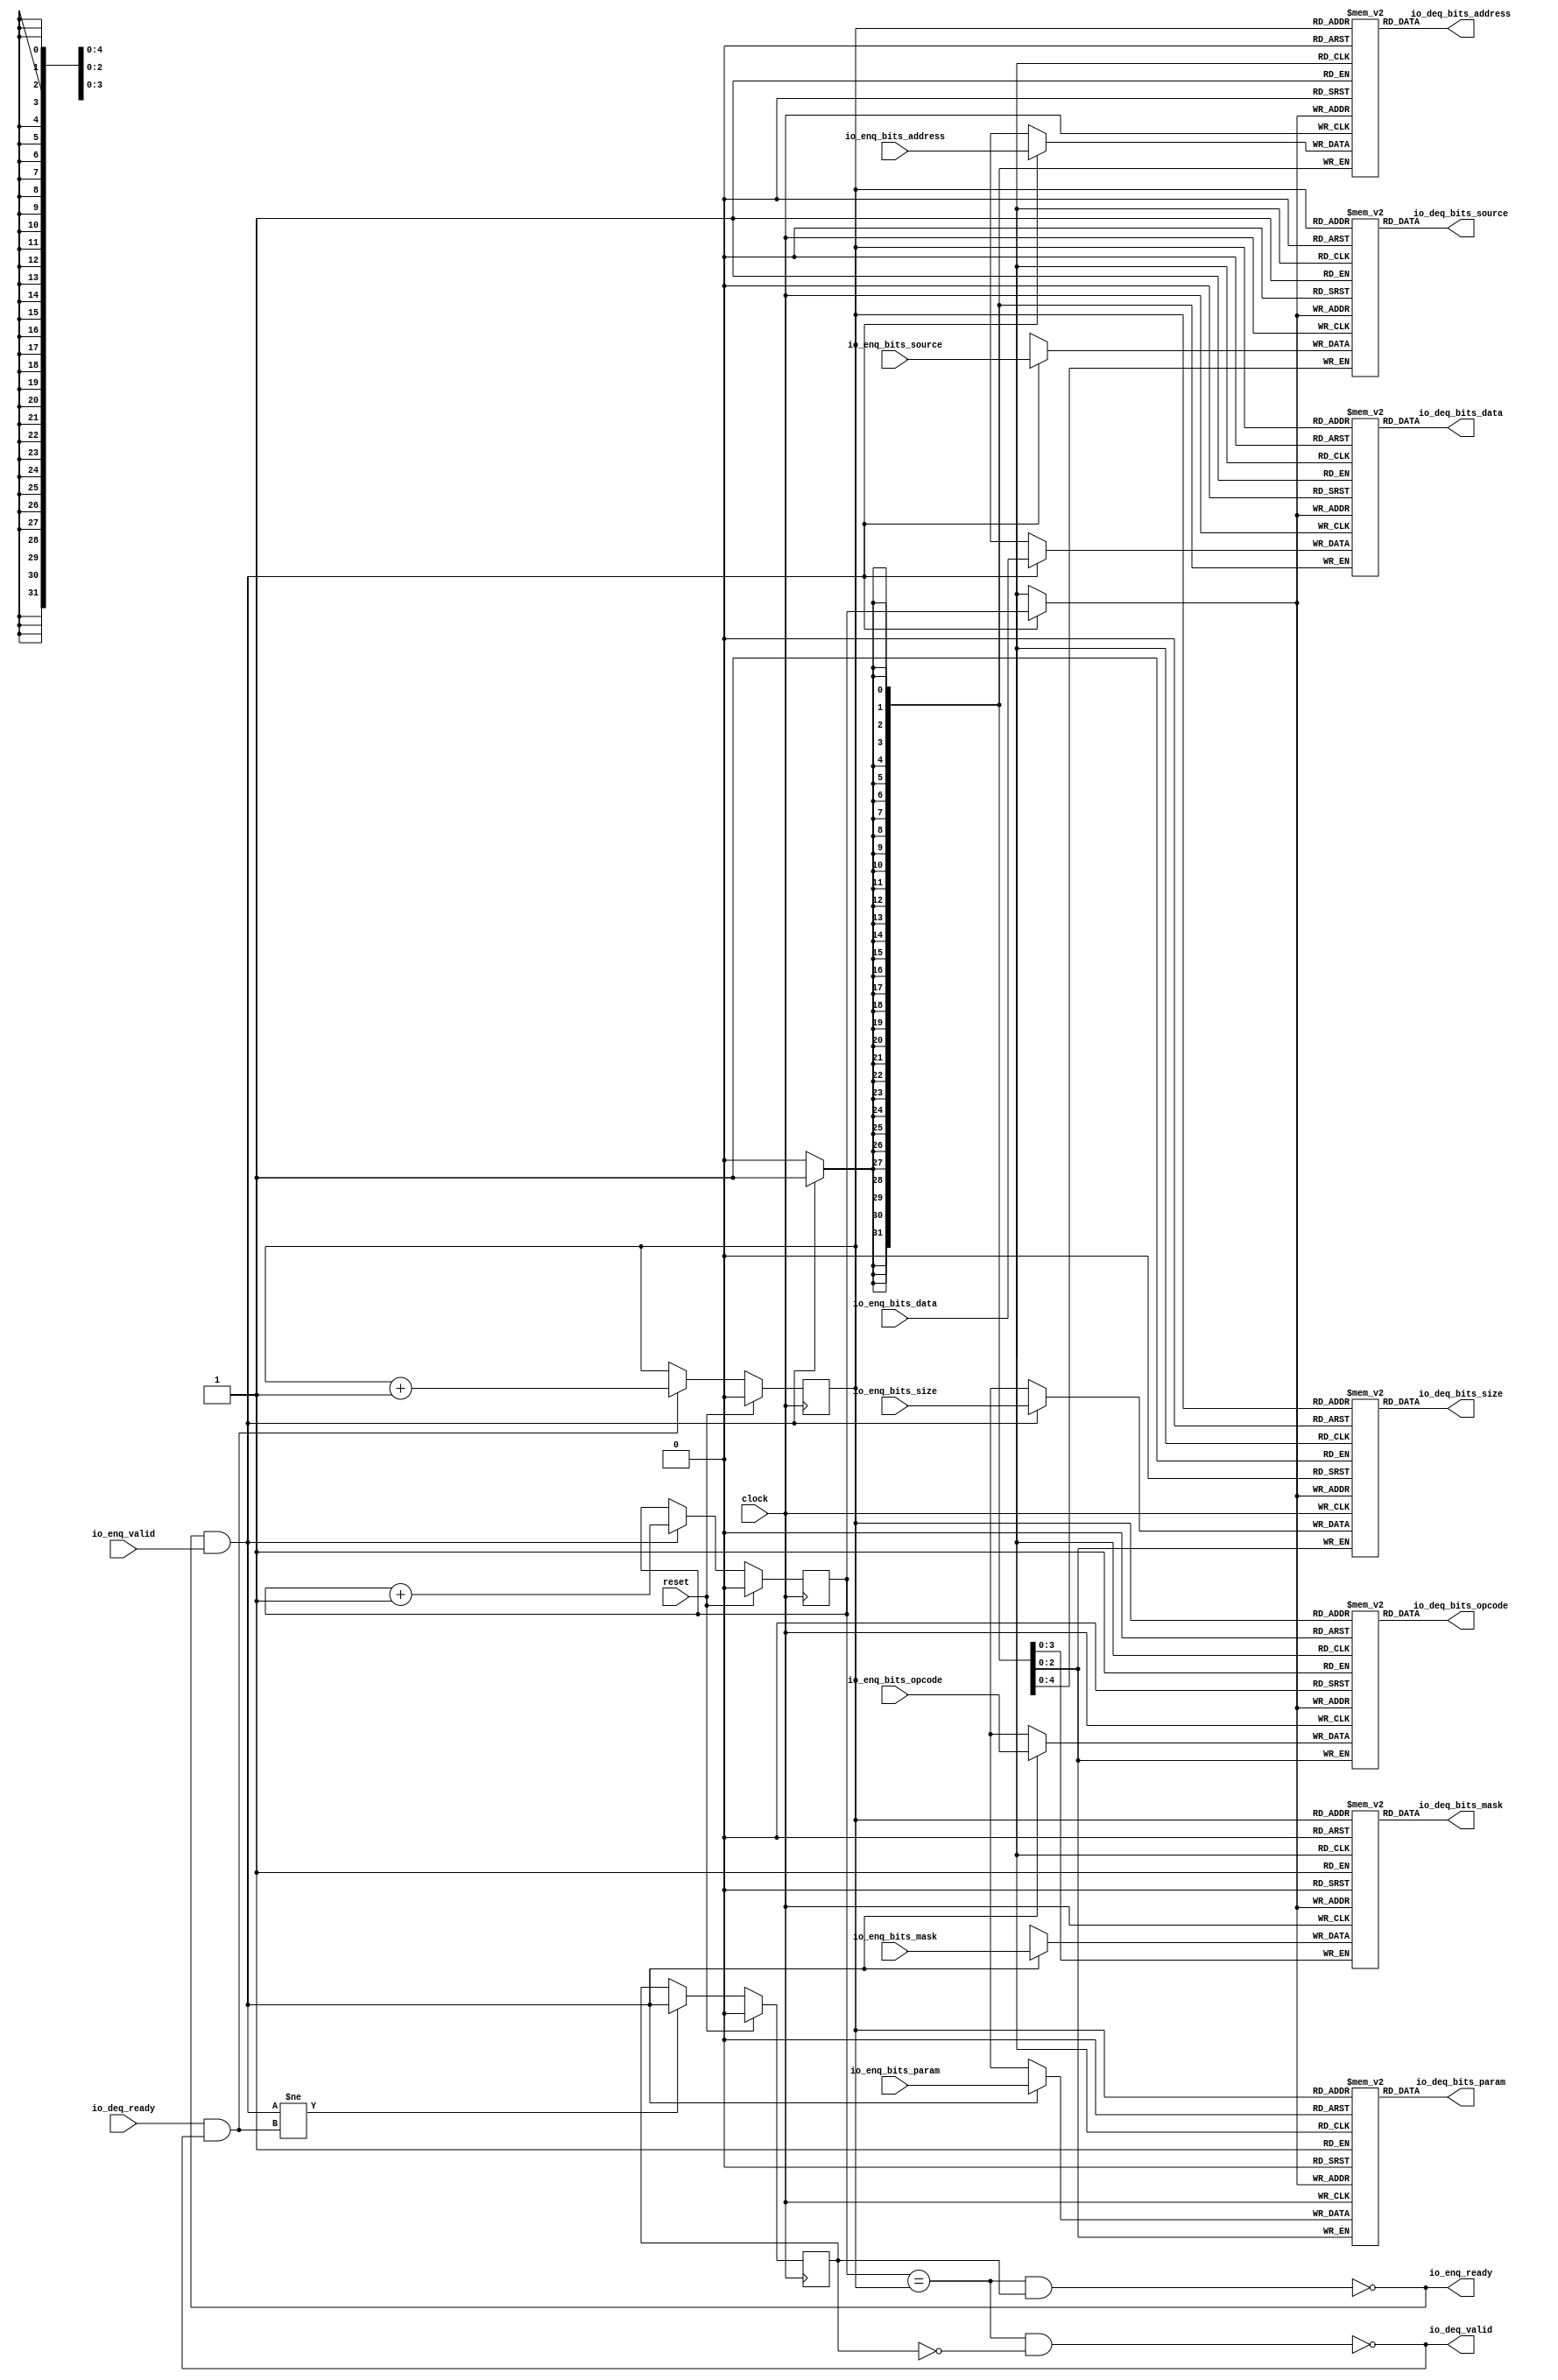
module Queue_40( // @[:freechips.rocketchip.system.TinyConfig.fir@115081.2]
  input         clock, // @[:freechips.rocketchip.system.TinyConfig.fir@115082.4]
  input         reset, // @[:freechips.rocketchip.system.TinyConfig.fir@115083.4]
  output        io_enq_ready, // @[:freechips.rocketchip.system.TinyConfig.fir@115084.4]
  input         io_enq_valid, // @[:freechips.rocketchip.system.TinyConfig.fir@115084.4]
  input  [2:0]  io_enq_bits_opcode, // @[:freechips.rocketchip.system.TinyConfig.fir@115084.4]
  input  [2:0]  io_enq_bits_param, // @[:freechips.rocketchip.system.TinyConfig.fir@115084.4]
  input  [2:0]  io_enq_bits_size, // @[:freechips.rocketchip.system.TinyConfig.fir@115084.4]
  input  [4:0]  io_enq_bits_source, // @[:freechips.rocketchip.system.TinyConfig.fir@115084.4]
  input  [31:0] io_enq_bits_address, // @[:freechips.rocketchip.system.TinyConfig.fir@115084.4]
  input  [3:0]  io_enq_bits_mask, // @[:freechips.rocketchip.system.TinyConfig.fir@115084.4]
  input  [31:0] io_enq_bits_data, // @[:freechips.rocketchip.system.TinyConfig.fir@115084.4]
  input         io_deq_ready, // @[:freechips.rocketchip.system.TinyConfig.fir@115084.4]
  output        io_deq_valid, // @[:freechips.rocketchip.system.TinyConfig.fir@115084.4]
  output [2:0]  io_deq_bits_opcode, // @[:freechips.rocketchip.system.TinyConfig.fir@115084.4]
  output [2:0]  io_deq_bits_param, // @[:freechips.rocketchip.system.TinyConfig.fir@115084.4]
  output [2:0]  io_deq_bits_size, // @[:freechips.rocketchip.system.TinyConfig.fir@115084.4]
  output [4:0]  io_deq_bits_source, // @[:freechips.rocketchip.system.TinyConfig.fir@115084.4]
  output [31:0] io_deq_bits_address, // @[:freechips.rocketchip.system.TinyConfig.fir@115084.4]
  output [3:0]  io_deq_bits_mask, // @[:freechips.rocketchip.system.TinyConfig.fir@115084.4]
  output [31:0] io_deq_bits_data // @[:freechips.rocketchip.system.TinyConfig.fir@115084.4]
);
  reg [2:0] _T_opcode [0:1]; // @[Decoupled.scala 215:24:freechips.rocketchip.system.TinyConfig.fir@115086.4]
  reg [31:0] _RAND_0;
  wire [2:0] _T_opcode__T_18_data; // @[Decoupled.scala 215:24:freechips.rocketchip.system.TinyConfig.fir@115086.4]
  wire  _T_opcode__T_18_addr; // @[Decoupled.scala 215:24:freechips.rocketchip.system.TinyConfig.fir@115086.4]
  wire [2:0] _T_opcode__T_10_data; // @[Decoupled.scala 215:24:freechips.rocketchip.system.TinyConfig.fir@115086.4]
  wire  _T_opcode__T_10_addr; // @[Decoupled.scala 215:24:freechips.rocketchip.system.TinyConfig.fir@115086.4]
  wire  _T_opcode__T_10_mask; // @[Decoupled.scala 215:24:freechips.rocketchip.system.TinyConfig.fir@115086.4]
  wire  _T_opcode__T_10_en; // @[Decoupled.scala 215:24:freechips.rocketchip.system.TinyConfig.fir@115086.4]
  reg [2:0] _T_param [0:1]; // @[Decoupled.scala 215:24:freechips.rocketchip.system.TinyConfig.fir@115086.4]
  reg [31:0] _RAND_1;
  wire [2:0] _T_param__T_18_data; // @[Decoupled.scala 215:24:freechips.rocketchip.system.TinyConfig.fir@115086.4]
  wire  _T_param__T_18_addr; // @[Decoupled.scala 215:24:freechips.rocketchip.system.TinyConfig.fir@115086.4]
  wire [2:0] _T_param__T_10_data; // @[Decoupled.scala 215:24:freechips.rocketchip.system.TinyConfig.fir@115086.4]
  wire  _T_param__T_10_addr; // @[Decoupled.scala 215:24:freechips.rocketchip.system.TinyConfig.fir@115086.4]
  wire  _T_param__T_10_mask; // @[Decoupled.scala 215:24:freechips.rocketchip.system.TinyConfig.fir@115086.4]
  wire  _T_param__T_10_en; // @[Decoupled.scala 215:24:freechips.rocketchip.system.TinyConfig.fir@115086.4]
  reg [2:0] _T_size [0:1]; // @[Decoupled.scala 215:24:freechips.rocketchip.system.TinyConfig.fir@115086.4]
  reg [31:0] _RAND_2;
  wire [2:0] _T_size__T_18_data; // @[Decoupled.scala 215:24:freechips.rocketchip.system.TinyConfig.fir@115086.4]
  wire  _T_size__T_18_addr; // @[Decoupled.scala 215:24:freechips.rocketchip.system.TinyConfig.fir@115086.4]
  wire [2:0] _T_size__T_10_data; // @[Decoupled.scala 215:24:freechips.rocketchip.system.TinyConfig.fir@115086.4]
  wire  _T_size__T_10_addr; // @[Decoupled.scala 215:24:freechips.rocketchip.system.TinyConfig.fir@115086.4]
  wire  _T_size__T_10_mask; // @[Decoupled.scala 215:24:freechips.rocketchip.system.TinyConfig.fir@115086.4]
  wire  _T_size__T_10_en; // @[Decoupled.scala 215:24:freechips.rocketchip.system.TinyConfig.fir@115086.4]
  reg [4:0] _T_source [0:1]; // @[Decoupled.scala 215:24:freechips.rocketchip.system.TinyConfig.fir@115086.4]
  reg [31:0] _RAND_3;
  wire [4:0] _T_source__T_18_data; // @[Decoupled.scala 215:24:freechips.rocketchip.system.TinyConfig.fir@115086.4]
  wire  _T_source__T_18_addr; // @[Decoupled.scala 215:24:freechips.rocketchip.system.TinyConfig.fir@115086.4]
  wire [4:0] _T_source__T_10_data; // @[Decoupled.scala 215:24:freechips.rocketchip.system.TinyConfig.fir@115086.4]
  wire  _T_source__T_10_addr; // @[Decoupled.scala 215:24:freechips.rocketchip.system.TinyConfig.fir@115086.4]
  wire  _T_source__T_10_mask; // @[Decoupled.scala 215:24:freechips.rocketchip.system.TinyConfig.fir@115086.4]
  wire  _T_source__T_10_en; // @[Decoupled.scala 215:24:freechips.rocketchip.system.TinyConfig.fir@115086.4]
  reg [31:0] _T_address [0:1]; // @[Decoupled.scala 215:24:freechips.rocketchip.system.TinyConfig.fir@115086.4]
  reg [31:0] _RAND_4;
  wire [31:0] _T_address__T_18_data; // @[Decoupled.scala 215:24:freechips.rocketchip.system.TinyConfig.fir@115086.4]
  wire  _T_address__T_18_addr; // @[Decoupled.scala 215:24:freechips.rocketchip.system.TinyConfig.fir@115086.4]
  wire [31:0] _T_address__T_10_data; // @[Decoupled.scala 215:24:freechips.rocketchip.system.TinyConfig.fir@115086.4]
  wire  _T_address__T_10_addr; // @[Decoupled.scala 215:24:freechips.rocketchip.system.TinyConfig.fir@115086.4]
  wire  _T_address__T_10_mask; // @[Decoupled.scala 215:24:freechips.rocketchip.system.TinyConfig.fir@115086.4]
  wire  _T_address__T_10_en; // @[Decoupled.scala 215:24:freechips.rocketchip.system.TinyConfig.fir@115086.4]
  reg [3:0] _T_mask [0:1]; // @[Decoupled.scala 215:24:freechips.rocketchip.system.TinyConfig.fir@115086.4]
  reg [31:0] _RAND_5;
  wire [3:0] _T_mask__T_18_data; // @[Decoupled.scala 215:24:freechips.rocketchip.system.TinyConfig.fir@115086.4]
  wire  _T_mask__T_18_addr; // @[Decoupled.scala 215:24:freechips.rocketchip.system.TinyConfig.fir@115086.4]
  wire [3:0] _T_mask__T_10_data; // @[Decoupled.scala 215:24:freechips.rocketchip.system.TinyConfig.fir@115086.4]
  wire  _T_mask__T_10_addr; // @[Decoupled.scala 215:24:freechips.rocketchip.system.TinyConfig.fir@115086.4]
  wire  _T_mask__T_10_mask; // @[Decoupled.scala 215:24:freechips.rocketchip.system.TinyConfig.fir@115086.4]
  wire  _T_mask__T_10_en; // @[Decoupled.scala 215:24:freechips.rocketchip.system.TinyConfig.fir@115086.4]
  reg [31:0] _T_data [0:1]; // @[Decoupled.scala 215:24:freechips.rocketchip.system.TinyConfig.fir@115086.4]
  reg [31:0] _RAND_6;
  wire [31:0] _T_data__T_18_data; // @[Decoupled.scala 215:24:freechips.rocketchip.system.TinyConfig.fir@115086.4]
  wire  _T_data__T_18_addr; // @[Decoupled.scala 215:24:freechips.rocketchip.system.TinyConfig.fir@115086.4]
  wire [31:0] _T_data__T_10_data; // @[Decoupled.scala 215:24:freechips.rocketchip.system.TinyConfig.fir@115086.4]
  wire  _T_data__T_10_addr; // @[Decoupled.scala 215:24:freechips.rocketchip.system.TinyConfig.fir@115086.4]
  wire  _T_data__T_10_mask; // @[Decoupled.scala 215:24:freechips.rocketchip.system.TinyConfig.fir@115086.4]
  wire  _T_data__T_10_en; // @[Decoupled.scala 215:24:freechips.rocketchip.system.TinyConfig.fir@115086.4]
  reg  value; // @[Counter.scala 26:33:freechips.rocketchip.system.TinyConfig.fir@115087.4]
  reg [31:0] _RAND_7;
  reg  value_1; // @[Counter.scala 26:33:freechips.rocketchip.system.TinyConfig.fir@115088.4]
  reg [31:0] _RAND_8;
  reg  _T_1; // @[Decoupled.scala 218:35:freechips.rocketchip.system.TinyConfig.fir@115089.4]
  reg [31:0] _RAND_9;
  wire  _T_2; // @[Decoupled.scala 220:41:freechips.rocketchip.system.TinyConfig.fir@115090.4]
  wire  _T_3; // @[Decoupled.scala 221:36:freechips.rocketchip.system.TinyConfig.fir@115091.4]
  wire  _T_4; // @[Decoupled.scala 221:33:freechips.rocketchip.system.TinyConfig.fir@115092.4]
  wire  _T_5; // @[Decoupled.scala 222:32:freechips.rocketchip.system.TinyConfig.fir@115093.4]
  wire  _T_6; // @[Decoupled.scala 37:37:freechips.rocketchip.system.TinyConfig.fir@115094.4]
  wire  _T_8; // @[Decoupled.scala 37:37:freechips.rocketchip.system.TinyConfig.fir@115097.4]
  wire  _T_12; // @[Counter.scala 35:22:freechips.rocketchip.system.TinyConfig.fir@115112.6]
  wire  _T_14; // @[Counter.scala 35:22:freechips.rocketchip.system.TinyConfig.fir@115118.6]
  wire  _T_15; // @[Decoupled.scala 233:16:freechips.rocketchip.system.TinyConfig.fir@115121.4]
  assign _T_opcode__T_18_addr = value_1;
  assign _T_opcode__T_18_data = _T_opcode[_T_opcode__T_18_addr]; // @[Decoupled.scala 215:24:freechips.rocketchip.system.TinyConfig.fir@115086.4]
  assign _T_opcode__T_10_data = io_enq_bits_opcode;
  assign _T_opcode__T_10_addr = value;
  assign _T_opcode__T_10_mask = 1'h1;
  assign _T_opcode__T_10_en = io_enq_ready & io_enq_valid;
  assign _T_param__T_18_addr = value_1;
  assign _T_param__T_18_data = _T_param[_T_param__T_18_addr]; // @[Decoupled.scala 215:24:freechips.rocketchip.system.TinyConfig.fir@115086.4]
  assign _T_param__T_10_data = io_enq_bits_param;
  assign _T_param__T_10_addr = value;
  assign _T_param__T_10_mask = 1'h1;
  assign _T_param__T_10_en = io_enq_ready & io_enq_valid;
  assign _T_size__T_18_addr = value_1;
  assign _T_size__T_18_data = _T_size[_T_size__T_18_addr]; // @[Decoupled.scala 215:24:freechips.rocketchip.system.TinyConfig.fir@115086.4]
  assign _T_size__T_10_data = io_enq_bits_size;
  assign _T_size__T_10_addr = value;
  assign _T_size__T_10_mask = 1'h1;
  assign _T_size__T_10_en = io_enq_ready & io_enq_valid;
  assign _T_source__T_18_addr = value_1;
  assign _T_source__T_18_data = _T_source[_T_source__T_18_addr]; // @[Decoupled.scala 215:24:freechips.rocketchip.system.TinyConfig.fir@115086.4]
  assign _T_source__T_10_data = io_enq_bits_source;
  assign _T_source__T_10_addr = value;
  assign _T_source__T_10_mask = 1'h1;
  assign _T_source__T_10_en = io_enq_ready & io_enq_valid;
  assign _T_address__T_18_addr = value_1;
  assign _T_address__T_18_data = _T_address[_T_address__T_18_addr]; // @[Decoupled.scala 215:24:freechips.rocketchip.system.TinyConfig.fir@115086.4]
  assign _T_address__T_10_data = io_enq_bits_address;
  assign _T_address__T_10_addr = value;
  assign _T_address__T_10_mask = 1'h1;
  assign _T_address__T_10_en = io_enq_ready & io_enq_valid;
  assign _T_mask__T_18_addr = value_1;
  assign _T_mask__T_18_data = _T_mask[_T_mask__T_18_addr]; // @[Decoupled.scala 215:24:freechips.rocketchip.system.TinyConfig.fir@115086.4]
  assign _T_mask__T_10_data = io_enq_bits_mask;
  assign _T_mask__T_10_addr = value;
  assign _T_mask__T_10_mask = 1'h1;
  assign _T_mask__T_10_en = io_enq_ready & io_enq_valid;
  assign _T_data__T_18_addr = value_1;
  assign _T_data__T_18_data = _T_data[_T_data__T_18_addr]; // @[Decoupled.scala 215:24:freechips.rocketchip.system.TinyConfig.fir@115086.4]
  assign _T_data__T_10_data = io_enq_bits_data;
  assign _T_data__T_10_addr = value;
  assign _T_data__T_10_mask = 1'h1;
  assign _T_data__T_10_en = io_enq_ready & io_enq_valid;
  assign _T_2 = value == value_1; // @[Decoupled.scala 220:41:freechips.rocketchip.system.TinyConfig.fir@115090.4]
  assign _T_3 = _T_1 == 1'h0; // @[Decoupled.scala 221:36:freechips.rocketchip.system.TinyConfig.fir@115091.4]
  assign _T_4 = _T_2 & _T_3; // @[Decoupled.scala 221:33:freechips.rocketchip.system.TinyConfig.fir@115092.4]
  assign _T_5 = _T_2 & _T_1; // @[Decoupled.scala 222:32:freechips.rocketchip.system.TinyConfig.fir@115093.4]
  assign _T_6 = io_enq_ready & io_enq_valid; // @[Decoupled.scala 37:37:freechips.rocketchip.system.TinyConfig.fir@115094.4]
  assign _T_8 = io_deq_ready & io_deq_valid; // @[Decoupled.scala 37:37:freechips.rocketchip.system.TinyConfig.fir@115097.4]
  assign _T_12 = value + 1'h1; // @[Counter.scala 35:22:freechips.rocketchip.system.TinyConfig.fir@115112.6]
  assign _T_14 = value_1 + 1'h1; // @[Counter.scala 35:22:freechips.rocketchip.system.TinyConfig.fir@115118.6]
  assign _T_15 = _T_6 != _T_8; // @[Decoupled.scala 233:16:freechips.rocketchip.system.TinyConfig.fir@115121.4]
  assign io_enq_ready = _T_5 == 1'h0; // @[Decoupled.scala 238:16:freechips.rocketchip.system.TinyConfig.fir@115128.4]
  assign io_deq_valid = _T_4 == 1'h0; // @[Decoupled.scala 237:16:freechips.rocketchip.system.TinyConfig.fir@115126.4]
  assign io_deq_bits_opcode = _T_opcode__T_18_data; // @[Decoupled.scala 239:15:freechips.rocketchip.system.TinyConfig.fir@115137.4]
  assign io_deq_bits_param = _T_param__T_18_data; // @[Decoupled.scala 239:15:freechips.rocketchip.system.TinyConfig.fir@115136.4]
  assign io_deq_bits_size = _T_size__T_18_data; // @[Decoupled.scala 239:15:freechips.rocketchip.system.TinyConfig.fir@115135.4]
  assign io_deq_bits_source = _T_source__T_18_data; // @[Decoupled.scala 239:15:freechips.rocketchip.system.TinyConfig.fir@115134.4]
  assign io_deq_bits_address = _T_address__T_18_data; // @[Decoupled.scala 239:15:freechips.rocketchip.system.TinyConfig.fir@115133.4]
  assign io_deq_bits_mask = _T_mask__T_18_data; // @[Decoupled.scala 239:15:freechips.rocketchip.system.TinyConfig.fir@115132.4]
  assign io_deq_bits_data = _T_data__T_18_data; // @[Decoupled.scala 239:15:freechips.rocketchip.system.TinyConfig.fir@115131.4]
`ifdef RANDOMIZE_GARBAGE_ASSIGN
`define RANDOMIZE
`endif
`ifdef RANDOMIZE_INVALID_ASSIGN
`define RANDOMIZE
`endif
`ifdef RANDOMIZE_REG_INIT
`define RANDOMIZE
`endif
`ifdef RANDOMIZE_MEM_INIT
`define RANDOMIZE
`endif
`ifndef RANDOM
`define RANDOM $random
`endif
`ifdef RANDOMIZE_MEM_INIT
  integer initvar;
`endif
initial begin
  `ifdef RANDOMIZE
    `ifdef INIT_RANDOM
      `INIT_RANDOM
    `endif
    `ifndef VERILATOR
      `ifdef RANDOMIZE_DELAY
        #`RANDOMIZE_DELAY begin end
      `else
        #0.002 begin end
      `endif
    `endif
  _RAND_0 = {1{`RANDOM}};
  `ifdef RANDOMIZE_MEM_INIT
  for (initvar = 0; initvar < 2; initvar = initvar+1)
    _T_opcode[initvar] = _RAND_0[2:0];
  `endif // RANDOMIZE_MEM_INIT
  _RAND_1 = {1{`RANDOM}};
  `ifdef RANDOMIZE_MEM_INIT
  for (initvar = 0; initvar < 2; initvar = initvar+1)
    _T_param[initvar] = _RAND_1[2:0];
  `endif // RANDOMIZE_MEM_INIT
  _RAND_2 = {1{`RANDOM}};
  `ifdef RANDOMIZE_MEM_INIT
  for (initvar = 0; initvar < 2; initvar = initvar+1)
    _T_size[initvar] = _RAND_2[2:0];
  `endif // RANDOMIZE_MEM_INIT
  _RAND_3 = {1{`RANDOM}};
  `ifdef RANDOMIZE_MEM_INIT
  for (initvar = 0; initvar < 2; initvar = initvar+1)
    _T_source[initvar] = _RAND_3[4:0];
  `endif // RANDOMIZE_MEM_INIT
  _RAND_4 = {1{`RANDOM}};
  `ifdef RANDOMIZE_MEM_INIT
  for (initvar = 0; initvar < 2; initvar = initvar+1)
    _T_address[initvar] = _RAND_4[31:0];
  `endif // RANDOMIZE_MEM_INIT
  _RAND_5 = {1{`RANDOM}};
  `ifdef RANDOMIZE_MEM_INIT
  for (initvar = 0; initvar < 2; initvar = initvar+1)
    _T_mask[initvar] = _RAND_5[3:0];
  `endif // RANDOMIZE_MEM_INIT
  _RAND_6 = {1{`RANDOM}};
  `ifdef RANDOMIZE_MEM_INIT
  for (initvar = 0; initvar < 2; initvar = initvar+1)
    _T_data[initvar] = _RAND_6[31:0];
  `endif // RANDOMIZE_MEM_INIT
  `ifdef RANDOMIZE_REG_INIT
  _RAND_7 = {1{`RANDOM}};
  value = _RAND_7[0:0];
  `endif // RANDOMIZE_REG_INIT
  `ifdef RANDOMIZE_REG_INIT
  _RAND_8 = {1{`RANDOM}};
  value_1 = _RAND_8[0:0];
  `endif // RANDOMIZE_REG_INIT
  `ifdef RANDOMIZE_REG_INIT
  _RAND_9 = {1{`RANDOM}};
  _T_1 = _RAND_9[0:0];
  `endif // RANDOMIZE_REG_INIT
  `endif // RANDOMIZE
end
  always @(posedge clock) begin
    if(_T_opcode__T_10_en & _T_opcode__T_10_mask) begin
      _T_opcode[_T_opcode__T_10_addr] <= _T_opcode__T_10_data; // @[Decoupled.scala 215:24:freechips.rocketchip.system.TinyConfig.fir@115086.4]
    end
    if(_T_param__T_10_en & _T_param__T_10_mask) begin
      _T_param[_T_param__T_10_addr] <= _T_param__T_10_data; // @[Decoupled.scala 215:24:freechips.rocketchip.system.TinyConfig.fir@115086.4]
    end
    if(_T_size__T_10_en & _T_size__T_10_mask) begin
      _T_size[_T_size__T_10_addr] <= _T_size__T_10_data; // @[Decoupled.scala 215:24:freechips.rocketchip.system.TinyConfig.fir@115086.4]
    end
    if(_T_source__T_10_en & _T_source__T_10_mask) begin
      _T_source[_T_source__T_10_addr] <= _T_source__T_10_data; // @[Decoupled.scala 215:24:freechips.rocketchip.system.TinyConfig.fir@115086.4]
    end
    if(_T_address__T_10_en & _T_address__T_10_mask) begin
      _T_address[_T_address__T_10_addr] <= _T_address__T_10_data; // @[Decoupled.scala 215:24:freechips.rocketchip.system.TinyConfig.fir@115086.4]
    end
    if(_T_mask__T_10_en & _T_mask__T_10_mask) begin
      _T_mask[_T_mask__T_10_addr] <= _T_mask__T_10_data; // @[Decoupled.scala 215:24:freechips.rocketchip.system.TinyConfig.fir@115086.4]
    end
    if(_T_data__T_10_en & _T_data__T_10_mask) begin
      _T_data[_T_data__T_10_addr] <= _T_data__T_10_data; // @[Decoupled.scala 215:24:freechips.rocketchip.system.TinyConfig.fir@115086.4]
    end
    if (reset) begin
      value <= 1'h0;
    end else begin
      if (_T_6) begin
        value <= _T_12;
      end
    end
    if (reset) begin
      value_1 <= 1'h0;
    end else begin
      if (_T_8) begin
        value_1 <= _T_14;
      end
    end
    if (reset) begin
      _T_1 <= 1'h0;
    end else begin
      if (_T_15) begin
        _T_1 <= _T_6;
      end
    end
  end
endmodule